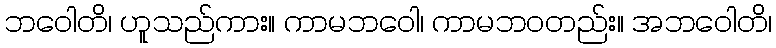
ဘဝေါတိ၊ ဟူသည်ကား။ ကာမဘဝေါ၊ ကာမဘဝတည်း။ အဘဝေါတိ၊